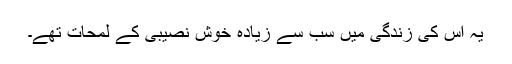
یہ اس کی زندگی میں سب سے زیادہ خوش نصیبی کے لمحات تھے۔